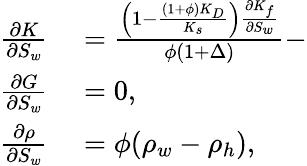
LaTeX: \begin{array}{r}{\begin{array}{rl}{\frac{\partial K}{\partial S_{w}}}&{{}=\frac{\left(1-\frac{(1+\phi)K_{D}}{K_{s}}\right)\frac{\partial K_{f}}{\partial S_{w}}}{\phi(1+\Delta)}-}\\ {\frac{\partial G}{\partial S_{w}}}&{{}=0,}\\ {\frac{\partial\rho}{\partial S_{w}}}&{{}=\phi(\rho_{w}-\rho_{h}),}\end{array}}\end{array}